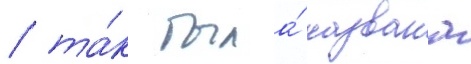
/ та́к была́ названа